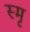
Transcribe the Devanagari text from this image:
स्मृ